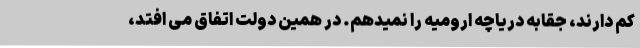
کم دارند، جقابه دریاچه ارومیه را نمیدهم. در همین دولت اتفاق می افتد،